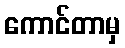
ကောင်တာမှ